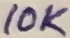
Text: 10K